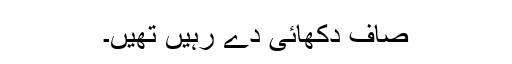
صاف دکھائی دے رہیں تھیں۔